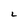
Character: L